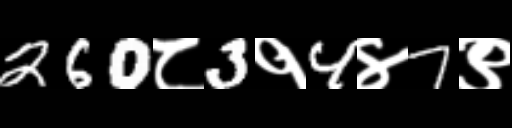
Text: 260८3१4४7९